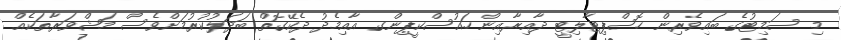
މި ސަމިޓުގެ ބައިވެރިން ހޮސްޕިޓާލިޓީ ދާއިރާއިން ހައުސްކީޕިންގ އާއިމެދު ދެކޭގޮތް ބަދަލުކުރުމަށްވެސް މަޝްވަރާތަކެއް